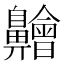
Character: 䶐